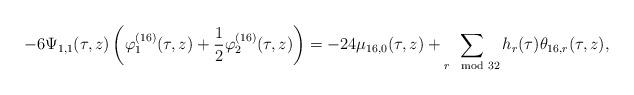
LaTeX: \begin{align*}-6\Psi_{1,1}(\tau,z)\left(\varphi^{(16)}_1(\tau,z)+\frac12\varphi_2^{(16)}(\tau,z)\right)=-24\mu_{16,0}(\tau,z)+\sum_{r\mod 32}h_{r}(\tau)\theta_{16,r}(\tau,z),\end{align*}